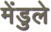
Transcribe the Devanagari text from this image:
मेंडुले